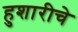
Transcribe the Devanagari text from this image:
हुशारीचे